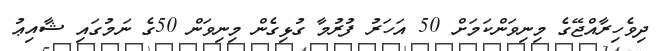
ދިވެހިރާއްޖޭގެ މިނިވަންކަމަށް 50 އަހަރު ފުރުމާ ގުޅިގެން މިނިވަން 50ގެ ނަމުގައި ޝާއިޢު